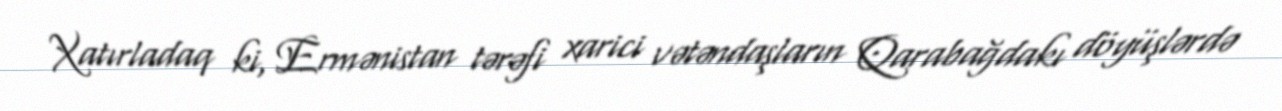
Xatırladaq ki, Ermənistan tərəfi xarici vətəndaşların Qarabağdakı döyüşlərdə